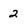
Character: 2